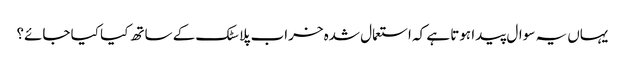
یہاں یہ سوال پیدا ہوتا ہے کہ استعمال شدہ خراب پلاسٹک کے ساتھ کیا کیا جائے؟